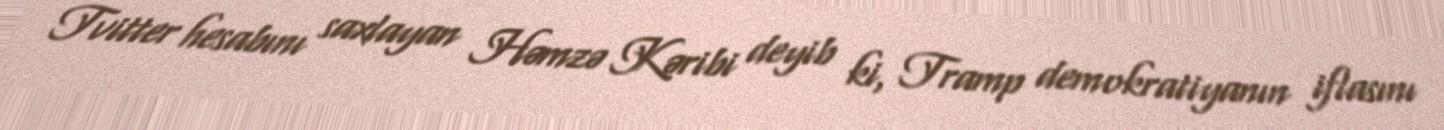
Tvitter hesabını saxlayan Həmzə Kəribi deyib ki, Tramp demokratiyanın iflasını